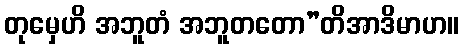
တုမှေဟိ အဘူတံ အဘူတတော”တိအာဒိမာဟ။